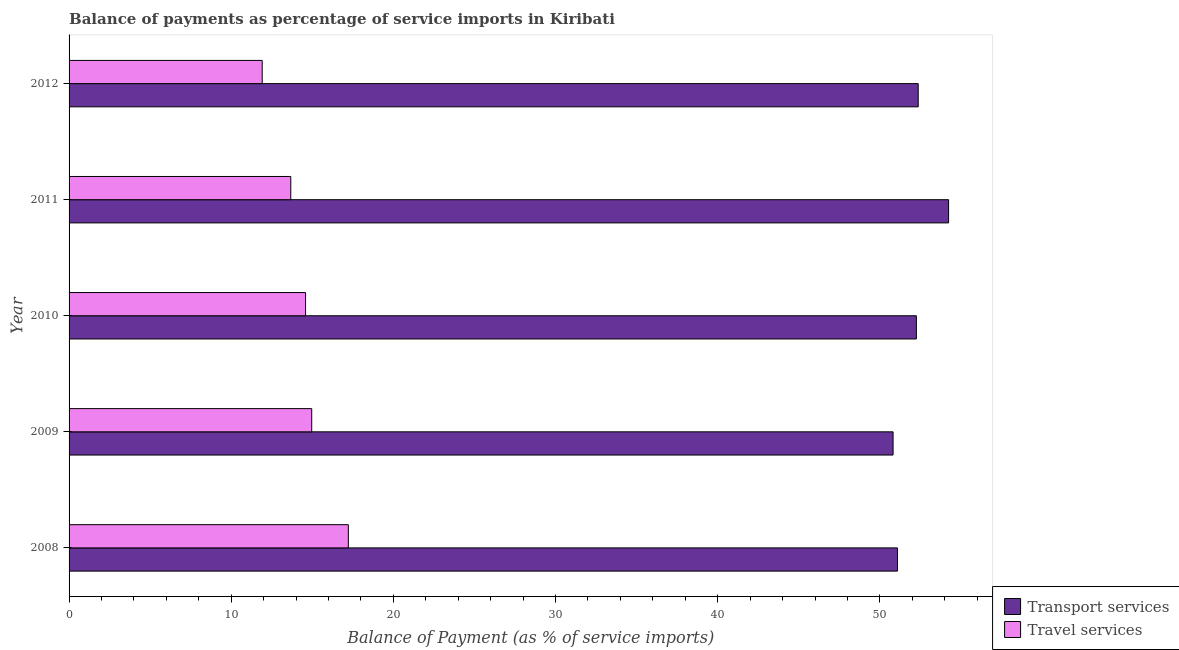
| Year | Transport services | Travel services |
 | --- | --- | --- |
 | 2008 | 51.1 | 17.2 |
 | 2009 | 50.8 | 15 |
 | 2010 | 52.3 | 14.6 |
 | 2011 | 54.2 | 13.7 |
 | 2012 | 52.4 | 11.9 |